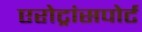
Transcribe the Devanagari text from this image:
एरोट्रांसपोर्ट